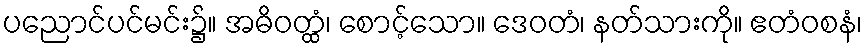
ပညောင်ပင်မင်း၌။ အဓိဝတ္ထံ၊ စောင့်သော။ ဒေဝတံ၊ နတ်သားကို။ ဧတံဝစနံ၊